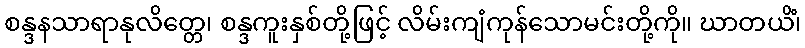
စန္ဒနသာရာနုလိတ္တေ၊ စန္ဒကူးနှစ်တို့ဖြင့် လိမ်းကျံကုန်သောမင်းတို့ကို။ ဃာတယိံ၊